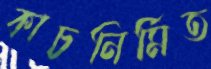
কাচনির্মিত